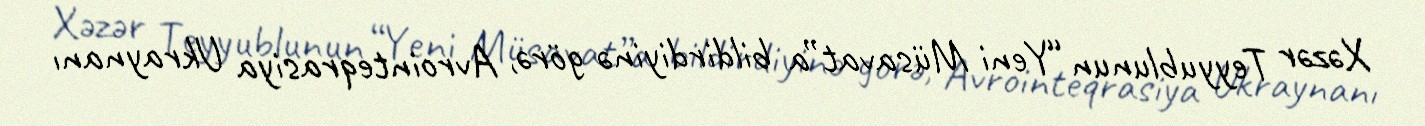
Xəzər Teyyublunun “Yeni Müsavat”a bildirdiyinə görə, Avrointeqrasiya Ukraynanı